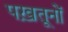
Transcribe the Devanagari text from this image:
पख़तूनों